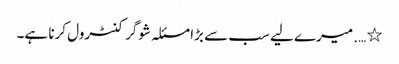
٭ …. میرے لیے سب سے بڑا مسئلہ شوگر کنٹرول کرنا ہے۔